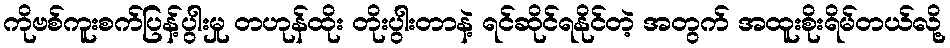
ကိုဗစ်ကူးစက်ပြန့်ပွါးမှု တဟုန်ထိုး တိုးပွါးတာနဲ့ ရင်ဆိုင်ရနိုင်တဲ့ အတွက် အထူးစိုးရိမ်တယ်လို့